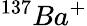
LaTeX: ^{137}Ba^{+}